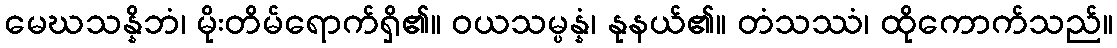
မေဃသန္နိဘံ၊ မိုးတိမ်ရောက်ရှိ၏။ ဝယသမ္ပန္နံ၊ နုနယ်၏။ တံသဿံ၊ ထိုကောက်သည်။